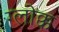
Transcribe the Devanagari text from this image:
ग्लोक्क